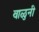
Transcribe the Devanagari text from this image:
वाळुनी